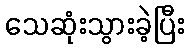
သေဆုံးသွားခဲ့ပြီး